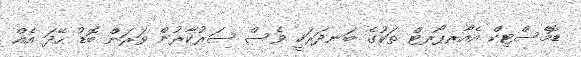
ޑޮމެސްޓިކް އެއާރޕޯރޓް ތަކުގެ ބަނދަރަކީ ވެސް ސަރުކާރުން ވަރަށް ބޮޑު ހޭދަ އެއް